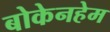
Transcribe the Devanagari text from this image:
बोकेनहेम